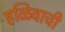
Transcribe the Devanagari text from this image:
हळिवाची